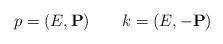
LaTeX: \begin{align*}p = (E, {\bf P}) \qquad k = (E, -{\bf P})\end{align*}